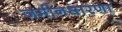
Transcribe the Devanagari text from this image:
जमीनधारणा